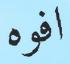
افوه